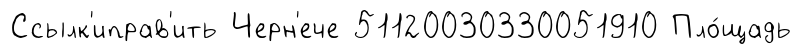
Ссылк'иправ'ить Черн'ече 51120030330051910 Пло́щадь